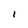
Character: I